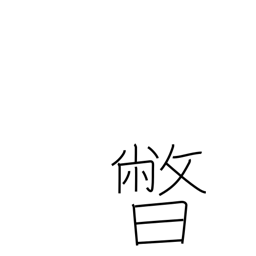
Meaning: setting sun